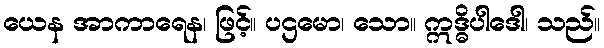
ယေန အာကာရေန၊ ဖြင့်။ ပဌမော၊ သော။ ဣဒ္ဓိပါဒေါ၊ သည်။